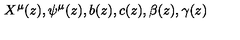
X ^ { \mu } ( z ) , \psi ^ { \mu } ( z ) , b ( z ) , c ( z ) , \beta ( z ) , \gamma ( z )